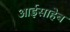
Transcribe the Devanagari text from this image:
आईसाहेब